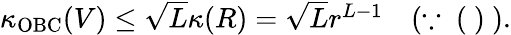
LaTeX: \begin{array}{r}{\kappa_{\mathrm{OBC}}(V)\leq\sqrt{L}\kappa(R)=\sqrt{L}r^{L-1}\quad(\because\mathrm{~(~)~}).}\end{array}